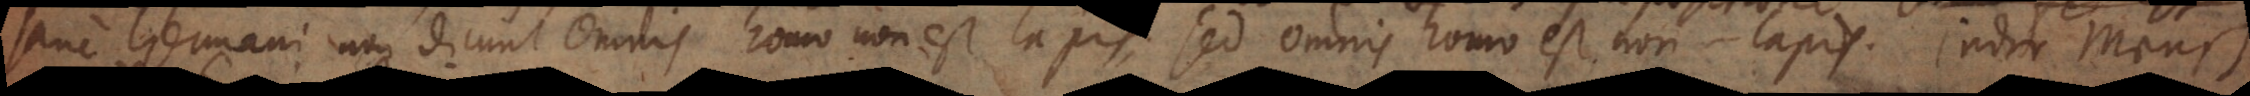
sane Germani non dicunt Omnis homo non est lapis, sed Omnis homo est non‐lapis, jeder Mensch